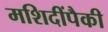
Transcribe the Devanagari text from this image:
मशिदींपैकी